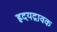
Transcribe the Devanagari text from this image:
ह्रदयद्रावक